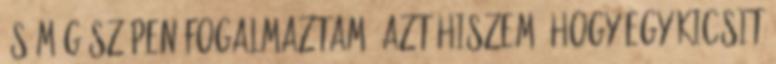
És még szépen fogalmaztam. Azt hiszem, hogy egy kicsit